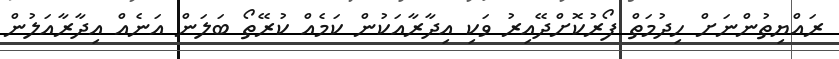
ރައްޔިތުންނަށް ހިދުމަތް ފޯރުކޮށްދޭއިރު ވަކި އިދާރާއަކުން ކަމެއް ކުރޭތޯ ބަލަން އަނެއް އިދާރާއަލުން